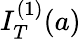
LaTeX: I_{T}^{(1)}(a)